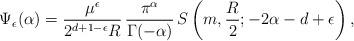
LaTeX: \begin{align*}\Psi_\epsilon(\alpha)=\frac{\mu^{\epsilon}}{2^{d+1-\epsilon}R}\,\frac{\pi^{\alpha}}{\Gamma(-\alpha)}\,S\left(m,\frac{R}{2};-2\alpha-d+\epsilon\right),\end{align*}